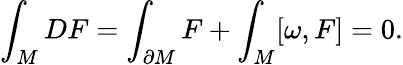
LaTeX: \int_{M}DF=\int_{\partial M}F+\int_{M}[\omega,F]=0.